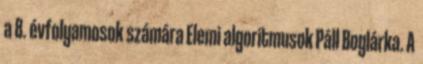
a 8. évfolyamosok számára Elemi algoritmusok Páll Boglárka. A